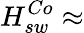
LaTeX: H_{sw}^{Co}\approx